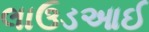
લાઉડઆઈ